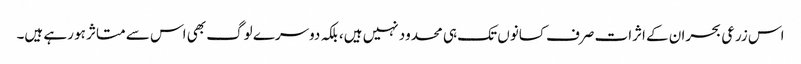
اس زرعی بحران کے اثرات صرف کسانوں تک ہی محدود نہیں ہیں، بلکہ دوسرے لوگ بھی اس سے متاثر ہو رہے ہیں۔